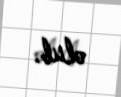
olub.